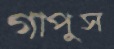
গাপুস